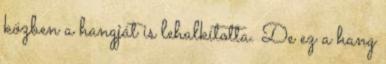
közben a hangját is lehalkította. De ez a hang